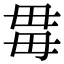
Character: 𣫯